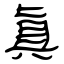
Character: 眞